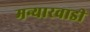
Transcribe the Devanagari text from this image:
मन्यारवाडी